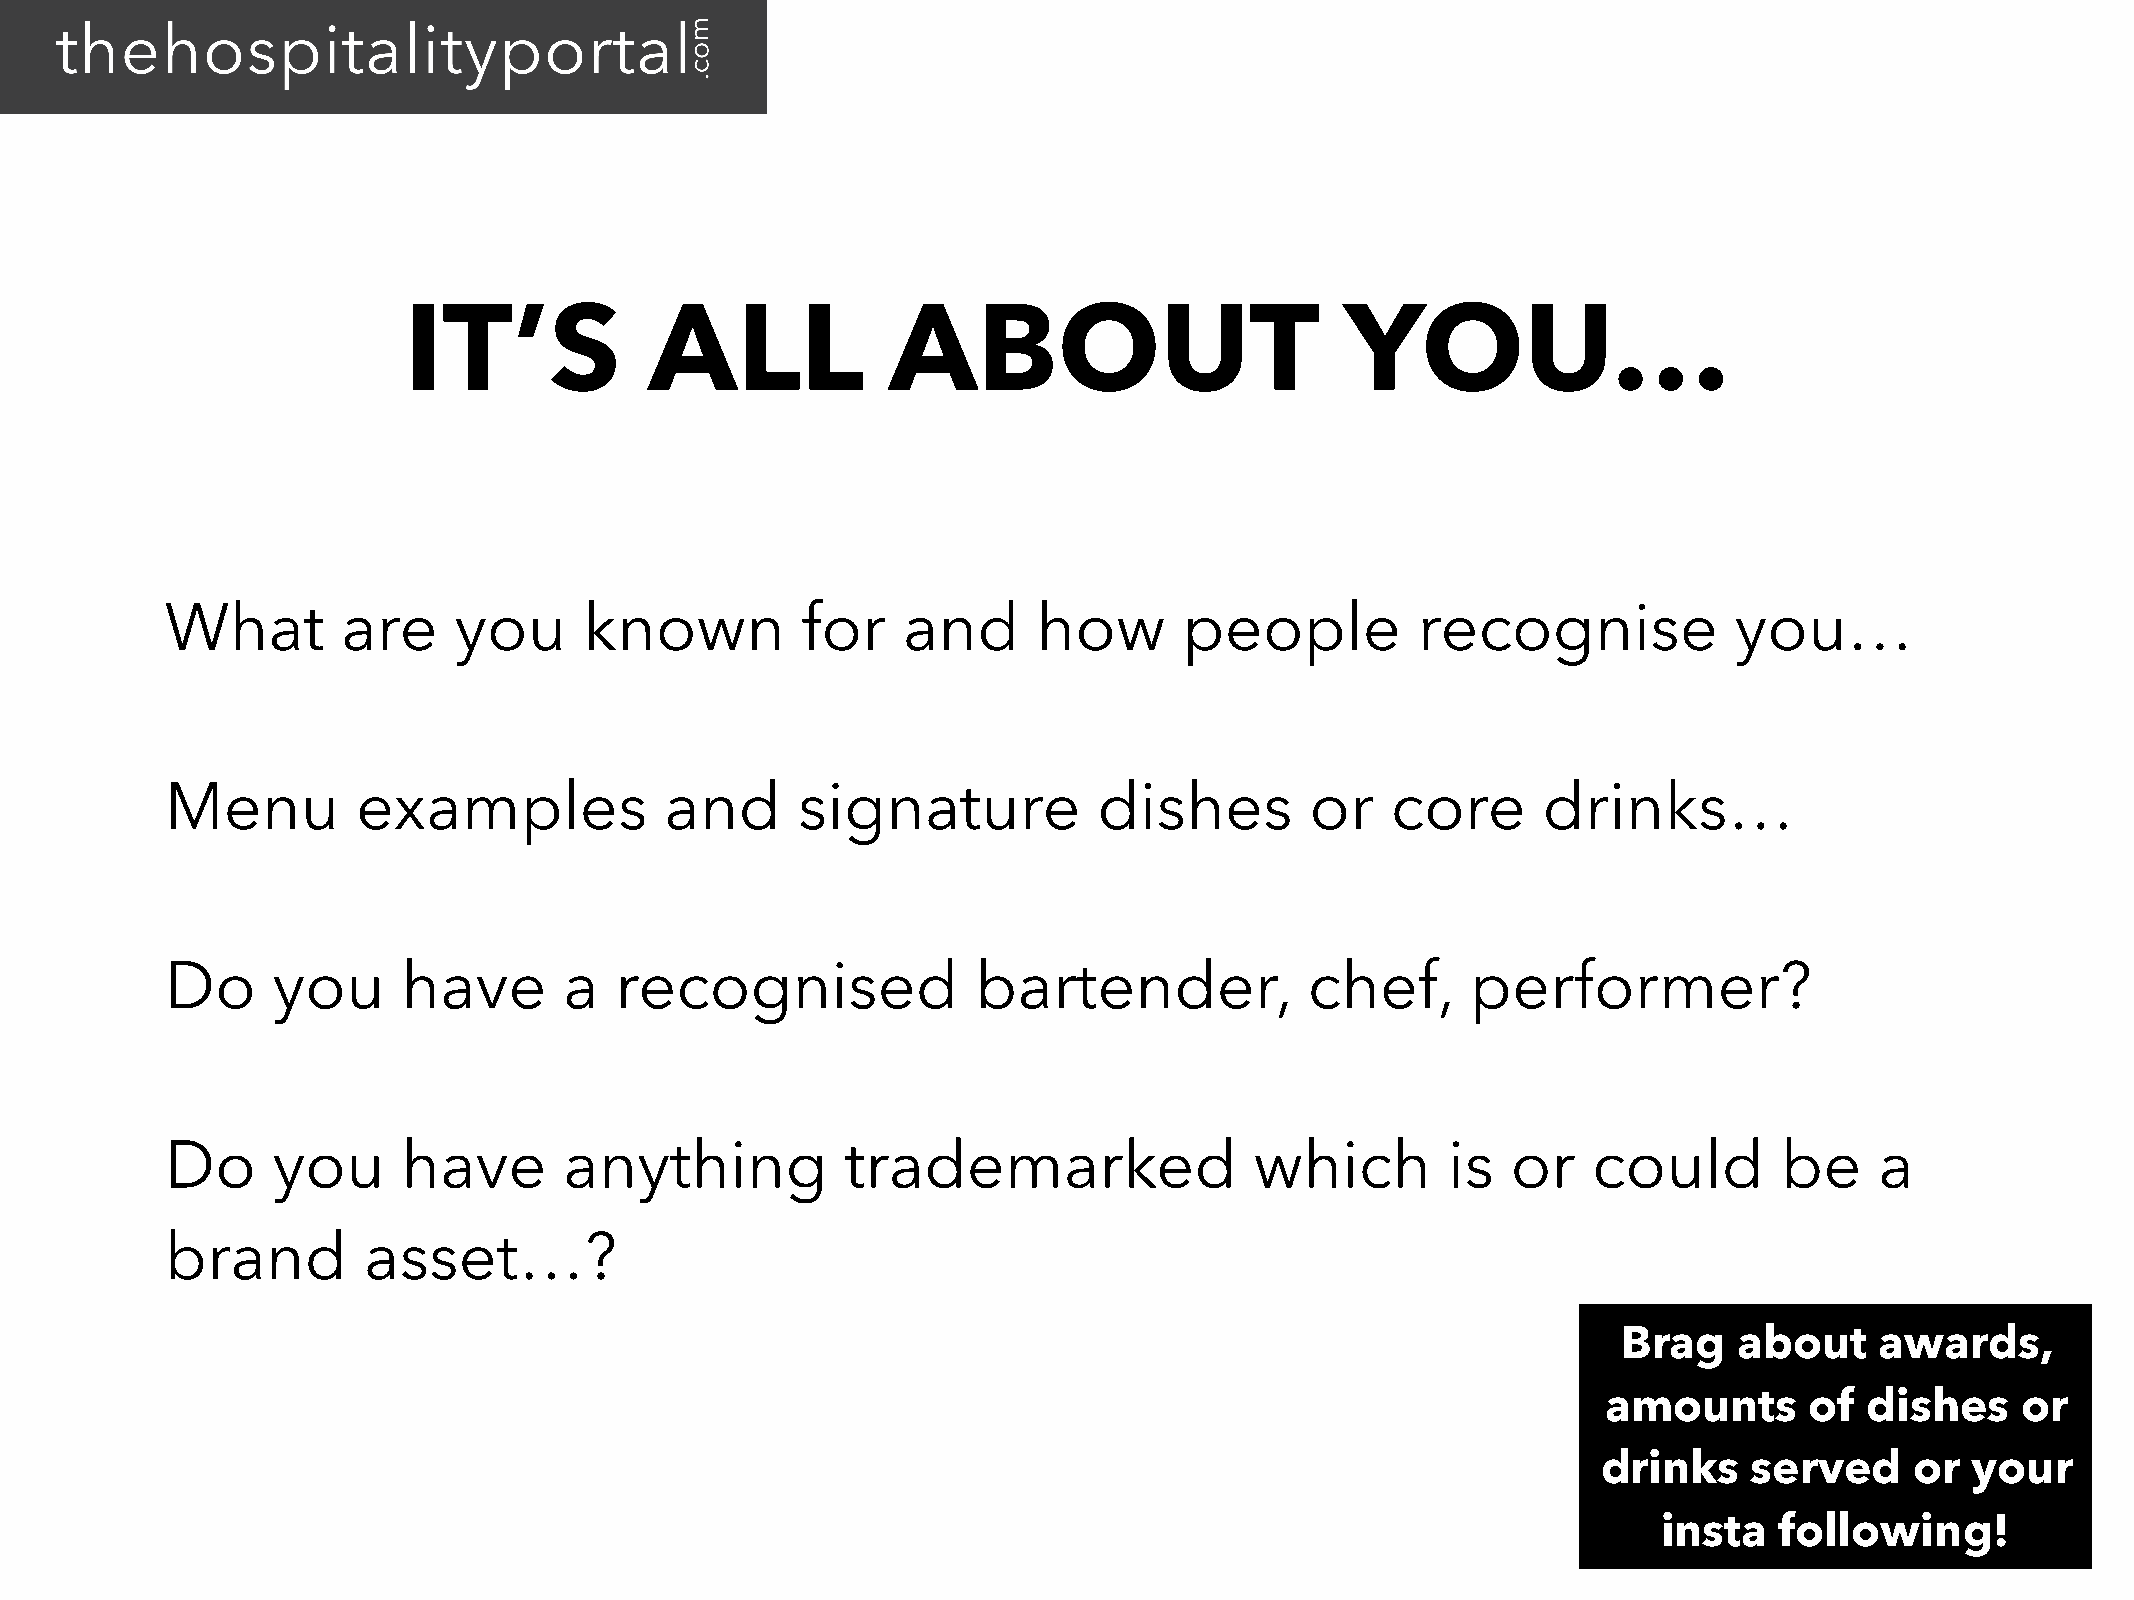
IT’S            ALL             ABOUT                         YOU…
 What        are    you      known         for    and      how      people          recognise            you…
 Menu         examples            and      signature           dishes        or   core      drinks…
 Do     you      have      a   recognised              bartender,            chef,     performer?
 Do     you      have      anything           trademarked                which        is  or   could        be    a
 brand        asset…?
 Brag    about    awards,
 amounts       of  dishes    or
 drinks    served     or your
 insta   following!